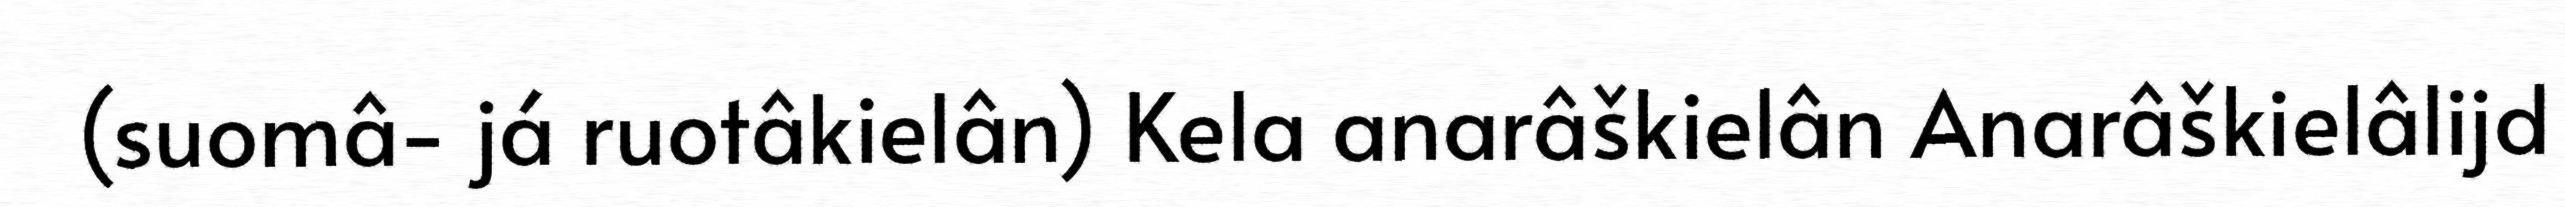
(suomâ- já ruotâkielân) Kela anarâškielân Anarâškielâlijd